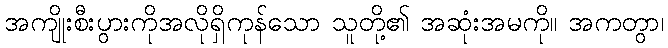
အကျိုးစီးပွားကိုအလိုရှိကုန်သော သူတို့၏ အဆုံးအမကို။ အကတွာ၊